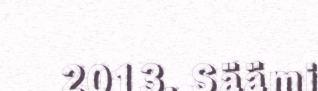
2013. Säämi